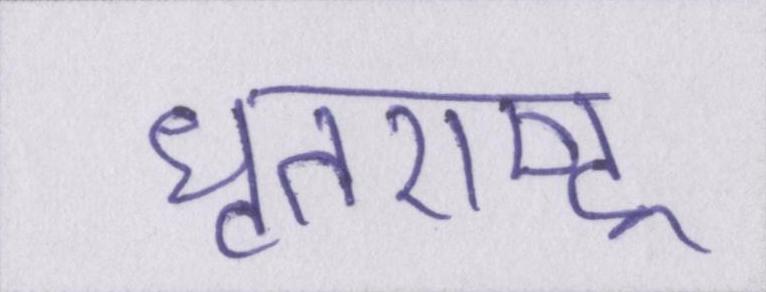
धृतराष्ट्र